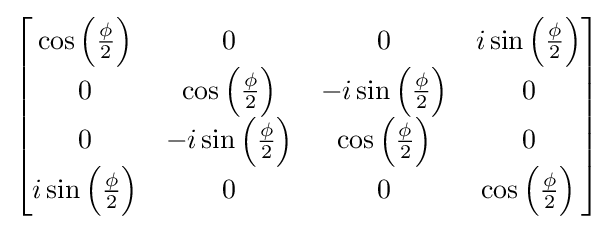
{\begin{bmatrix}\cos \left({\frac {\phi }{2}}\right)&0&0&i\sin \left({\frac {\phi }{2}}\right)\\0&\cos \left({\frac {\phi }{2}}\right)&-i\sin \left({\frac {\phi }{2}}\right)&0\\0&-i\sin \left({\frac {\phi }{2}}\right)&\cos \left({\frac {\phi }{2}}\right)&0\\i\sin \left({\frac {\phi }{2}}\right)&0&0&\cos \left({\frac {\phi }{2}}\right)\\\end{bmatrix}}